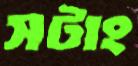
সটাং